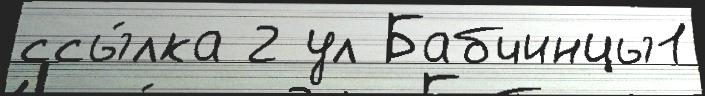
ссы́лка 2 ул Бабчинцы1